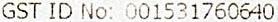
GST ID NO: 001531760640